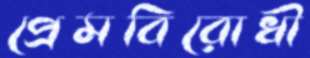
প্রেমবিরোধী